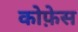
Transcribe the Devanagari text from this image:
कोफ़ेस